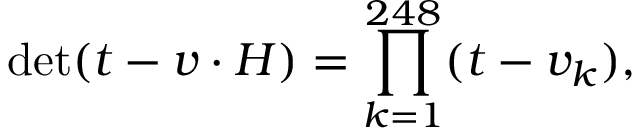
\operatorname * { d e t } ( t - v \cdot H ) = \prod _ { k = 1 } ^ { 2 4 8 } ( t - v _ { k } ) ,